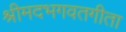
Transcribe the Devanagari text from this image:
श्रीमदभगवतगीता